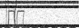
١٩